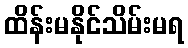
ထိန်းမနိုင်သိမ်းမရ